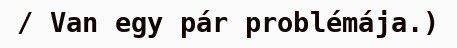
/ Van egy pár problémája.)